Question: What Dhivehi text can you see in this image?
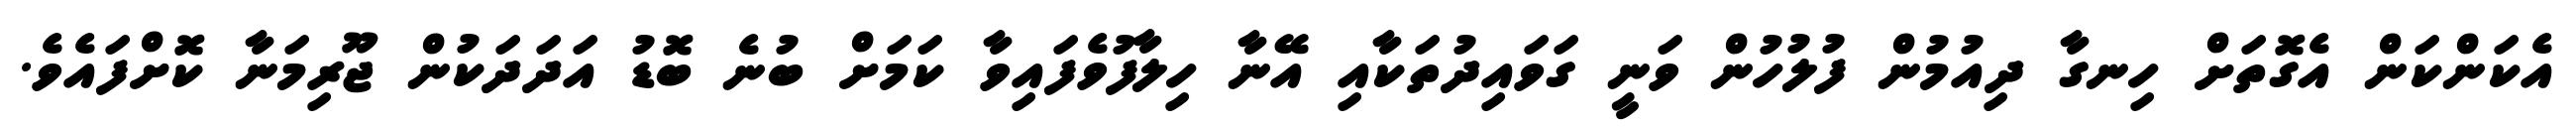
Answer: އެކަންކަން އެގޮތަށް ހިނގާ ދިއުމުން ފުލުހުން ވަނީ ގަވައިދުތަކާއި އޭނާ ހިލާފުވެފައިވާ ކަމަށް ބުނެ ބޮޑު އަދަދަކުން ޖޫރިމަނާ ކޮށްފައެވެ.